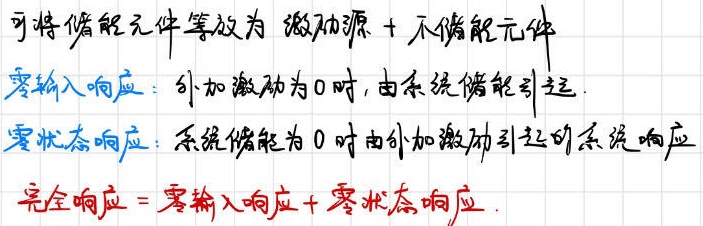
可将储能元件等效为激励源 + 不储能元件
零输入响应：外加激励为0时，由系统储能引起
零状态响应：系统储能为0时由外加激励引起的系统响应
完全响应 = 零输入响应 + 零状态响应